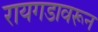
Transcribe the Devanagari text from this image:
रायगडावरून